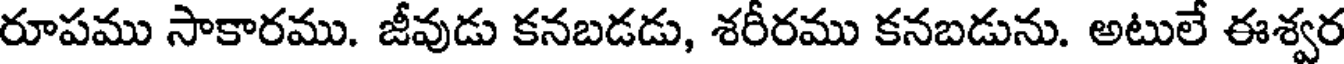
రూపము సాకారము. జీవుడు కనబడడు, శరీరము కనబడును. అటులే ఈశ్వర